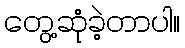
တွေ့ဆုံခဲ့တာပါ။